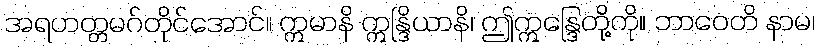
အရဟတ္တမဂ်တိုင်အောင်။ ဣမာနိ ဣန္ဒြိယာနိ၊ ဤဣန္ဒြေတို့ကို။ ဘာဝေတိ နာမ၊